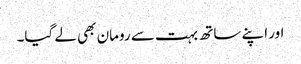
اور اپنے ساتھ بہت سے رومان بھی لے گیا۔